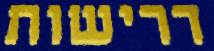
דרישות